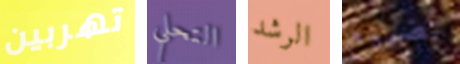
تهربين التحلي الرشد تضييع